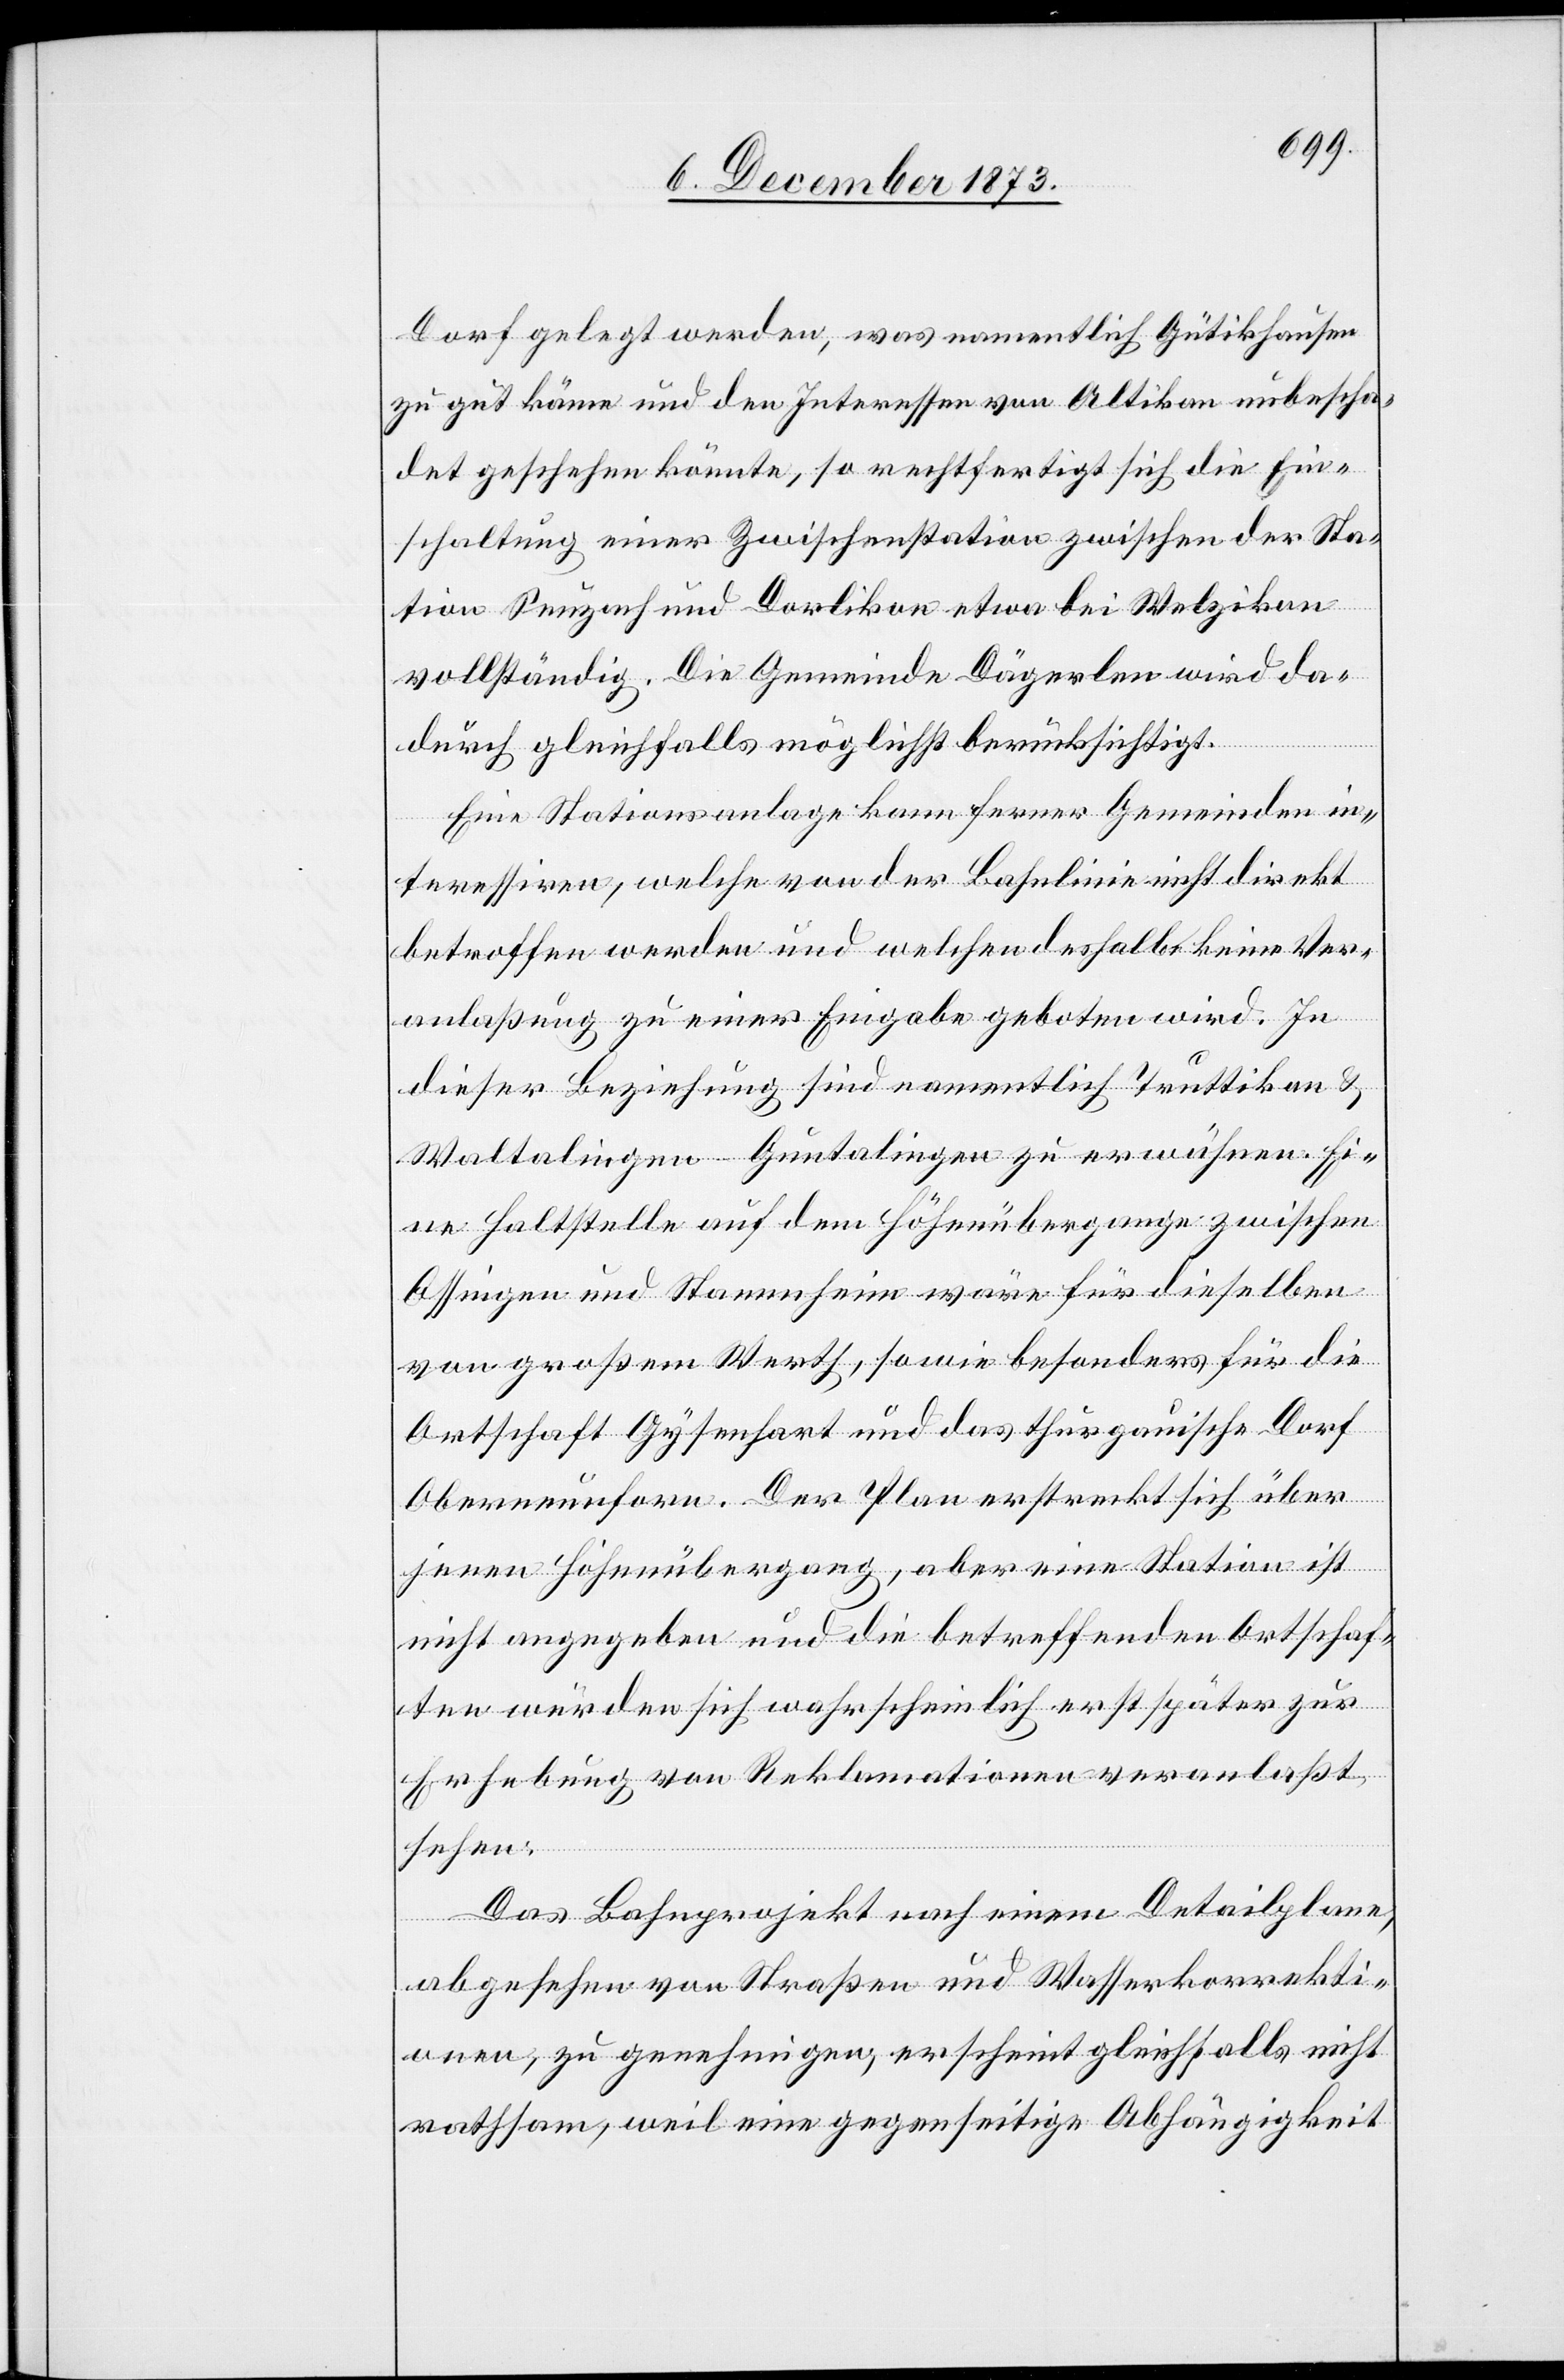
Dorf gelegt werden, was namentlich Gütikhausen
zu gut käme und den Interessen von Altikon unbescha¬
det geschehen könnte, so rechtfertigt sich die Ein¬
schaltung einer Zwischenstation zwischen der Sta¬
tion Seuzach und Dorlikon etwa bei Welzikon
vollständig. Die Gemeinde Dägerlen wird da¬
durch gleichfalls möglichst berücksichtigt.
Eine Stationsanlage kann ferner Gemeinden in¬
teressiren, welche von der Bahnlinie nicht direkt
betroffen werden und welchen deshalb keine Ver¬
anlaßung zu einer Eingabe geboten wird. In
dieser Beziehung sind namentlich Truttikon &
Waltalingen-Guntalingen zu erwähnen. Ei¬
ne Haltstelle auf dem Höhenübergange zwischen
Ossingen und Stammheim wäre für dieselben
von großem Werth, sowie besonders für die
Ortschaft Gysenhart und das thurgauische Dorf
Oberneunforn. Der Plan erstreckt sich über
jenen Höhenübergang, aber eine Station ist
nicht angegeben und die betreffenden Ortschaf¬
ten würden sich wahrscheinlich erst später zur
Erhebung von Reklamationen veranlaßt
sehen.
Das Bahnprojekt nach einem Detailplane,
abgesehen von Straßen und Wasserkorrekti¬
onen, zu genehmigen, erscheint gleichfalls nicht
rathsam, weil eine gegenseitige Abhängigkeit